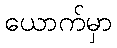
ယောက်မှာ